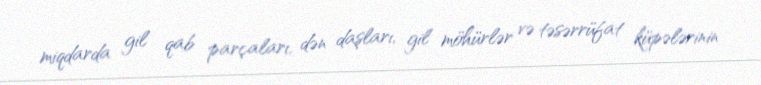
miqdarda gil qab parçaları, dən daşları, gil möhürlər və təsərrüfat küpələrinin